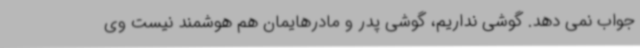
جواب نمی دهد. گوشی نداریم، گوشی پدر و مادرهایمان هم هوشمند نیست وی